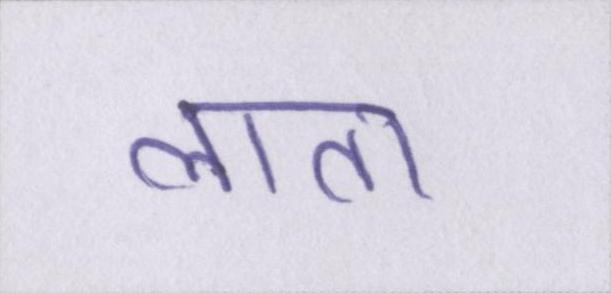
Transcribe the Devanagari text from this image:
लाता